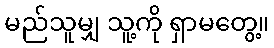
မည်သူမျှ သူ့ကို ရှာမတွေ့။